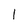
Character: 1